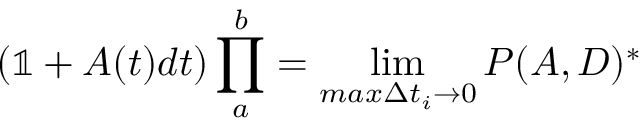
( \mathbb { 1 } + A ( t ) d t ) \prod _ { a } ^ { b } = \operatorname* { l i m } _ { m a x \Delta t _ { i } \to 0 } P ( A , D ) ^ { * }